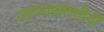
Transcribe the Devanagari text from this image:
उलथापालथींची